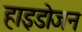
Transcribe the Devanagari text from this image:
हाइडोजन